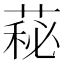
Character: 𦷬